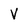
Character: V